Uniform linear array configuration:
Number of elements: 12
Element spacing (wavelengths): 0.25
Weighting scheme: kaiser
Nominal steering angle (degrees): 0
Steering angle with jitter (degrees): -0.5256
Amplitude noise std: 0.05
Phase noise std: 0.05

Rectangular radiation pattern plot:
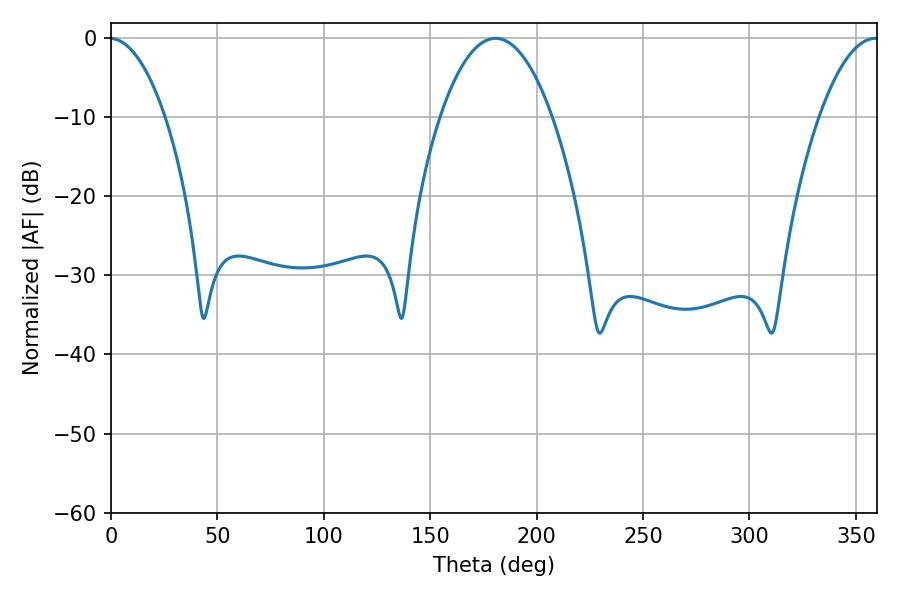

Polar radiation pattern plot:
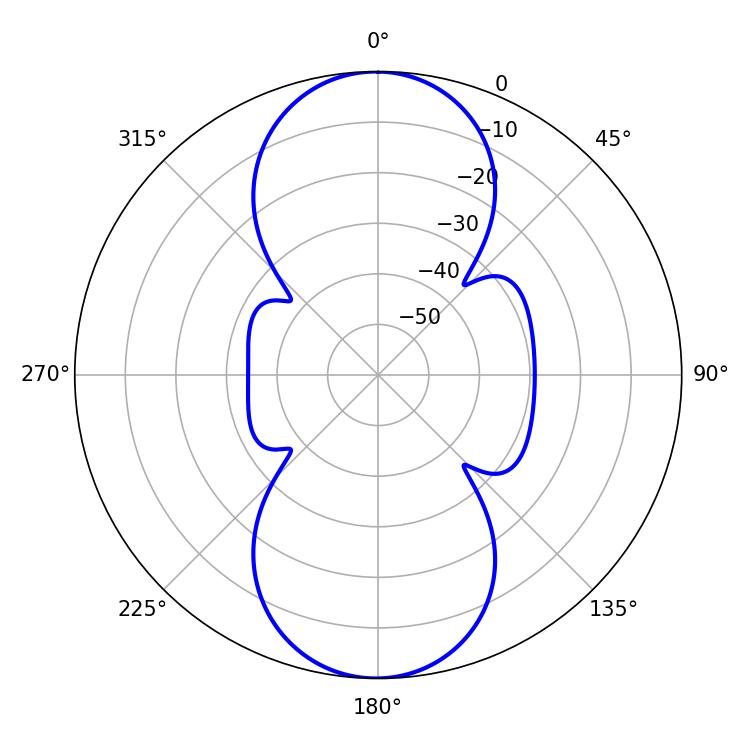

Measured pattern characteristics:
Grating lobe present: FALSE
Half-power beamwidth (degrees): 15.3
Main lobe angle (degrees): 359.28